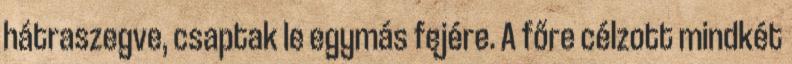
hátraszegve, csaptak le egymás fejére. A főre célzott mindkét